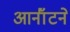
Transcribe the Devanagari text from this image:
आर्नॉटने